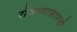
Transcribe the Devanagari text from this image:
रोजच्यासारखे